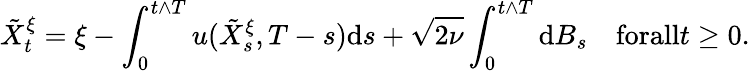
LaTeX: \tilde{X}_{t}^{\xi}=\xi-\int_{0}^{t\wedge T}u(\tilde{X}_{s}^{\xi},T-s)\textrm{d}s+\sqrt{2\nu}\int_{0}^{t\wedge T}\textrm{d}B_{s}\quad\textrm{forall}t\geq 0.